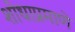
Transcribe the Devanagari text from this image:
शोधाप्रमाणे